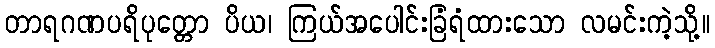
တာရဂဏပရိပုတ္တော ပိယ၊ ကြယ်အပေါင်းခြံရံထားသော လမင်းကဲ့သို့။